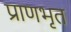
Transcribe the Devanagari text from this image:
प्राणभृत